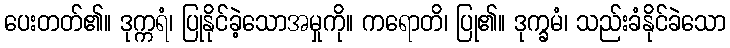
ပေးတတ်၏။ ဒုက္ကရံ၊ ပြုနိုင်ခဲ့သောအမှုကို။ ကရောတိ၊ ပြု၏။ ဒုက္ခမံ၊ သည်းခံနိုင်ခဲသော